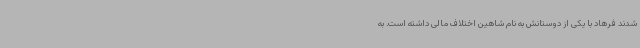
شدند فرهاد با یکی از دوستانش به نام شاهین اختلاف مالی داشته است. به